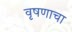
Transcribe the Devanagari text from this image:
वृषणाचा